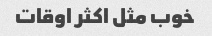
خوب مثل اکثر اوقات